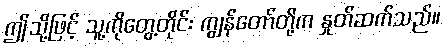
ဤသို့ဖြင့် သူ့ကိုတွေ့တိုင်း ကျွန်တော်တို့က နှုတ်ဆက်သည်။